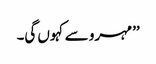
’’مہرو سے کہوں گی۔